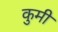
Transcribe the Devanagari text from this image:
कुमी